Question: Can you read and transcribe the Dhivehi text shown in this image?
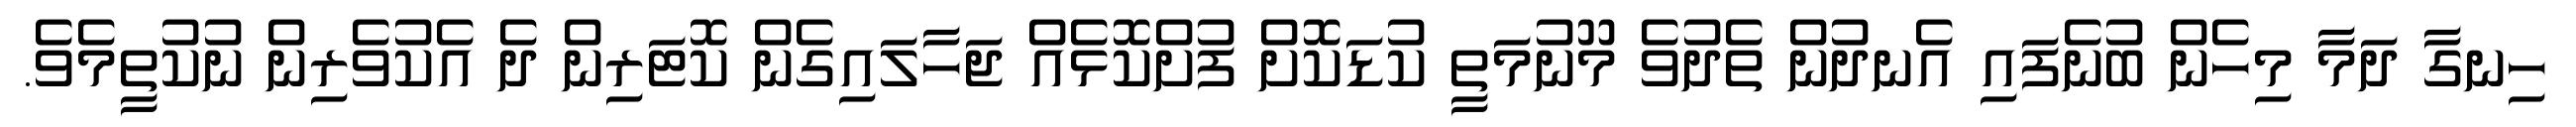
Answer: ހިނގާ ދަމާ މިހެން ބުނެފައި އެނދުން ތެދުވެ މޫނުމަތީ ކުޑަކޮށް ފުށްކޮޅެއް ޖަހާލައިގެން ކޮޓަރިން ދެ އެކުވެރިން ނުކުތީމެވެ.